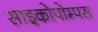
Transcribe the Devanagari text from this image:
साइकोपोम्पस